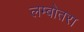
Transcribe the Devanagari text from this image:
लम्बोतरा